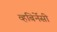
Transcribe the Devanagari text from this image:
व्हबिर्नेसी